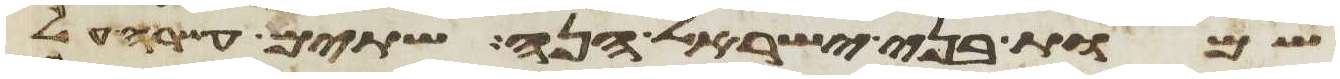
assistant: שמות בני ישראל הנה שתים עשרה על